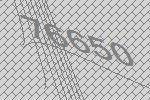
76650